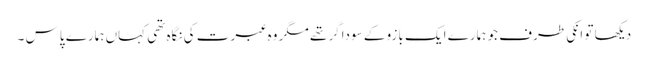
دیکھا تو انکی طرف جو ہمارے ایک بازو کے سوداگر تھے مگر وہ عبرت کی نگاہ تھی کہاں ہمارے پاس ۔